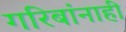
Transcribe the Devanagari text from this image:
गरिबांनाही